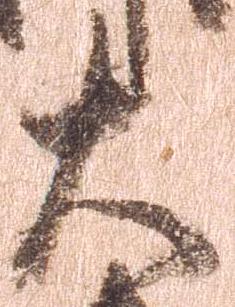
大